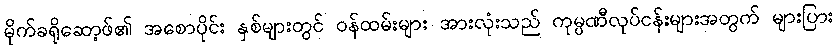
မိုက်ခရိုဆော့ဖ်၏ အစောပိုင်း နှစ်များတွင် ဝန်ထမ်းများ အားလုံးသည် ကုမ္ပဏီလုပ်ငန်းများအတွက် များပြား